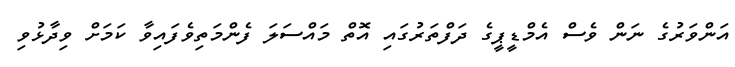
އަންވަރުގެ ނަން ވެސް އެމްޑީޕީގެ ދަފްތަރުގައި އޮތް މައްސަލަ ފެންމަތިވެފައިވާ ކަމަށް ވިދާޅުވި